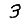
Digit: 3